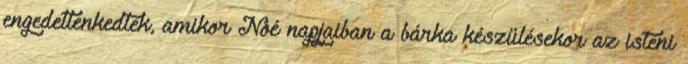
engedetlenkedtek, amikor Noé napjaiban a bárka készülésekor az isteni